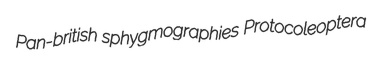
Pan-british sphygmographies Protocoleoptera